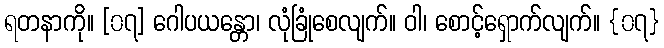
ရတနာကို။ [၀၇] ဂေါပယန္တော၊ လုံခြုံစေလျက်။ ဝါ၊ စောင့်ရှောက်လျက်။ {၀၇}